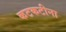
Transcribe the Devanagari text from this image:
कटकटीना